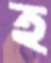
হ